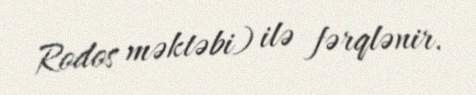
Rodos məktəbi) ilə fərqlənir.